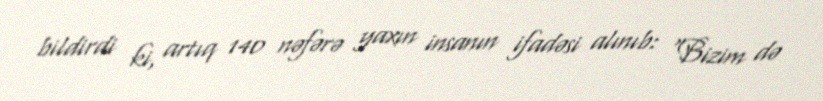
bildirdi ki, artıq 140 nəfərə yaxın insanın ifadəsi alınıb: “Bizim də